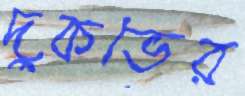
দুকভের